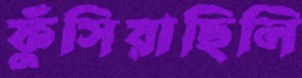
ফুঁসিয়াছিলি